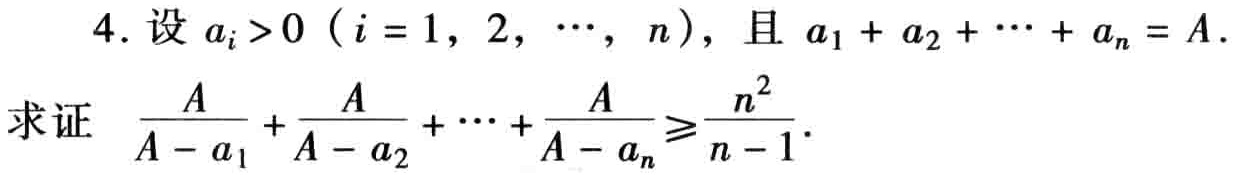
4. 设 \(a_{i}>0\ (i = 1,2,\cdots,n)\)，且 \(a_{1}+a_{2}+\cdots +a_{n}=A\).

求证 \(\frac{A}{A - a_{1}}+\frac{A}{A - a_{2}}+\cdots+\frac{A}{A - a_{n}}\geqslant\frac{n^{2}}{n - 1}\).